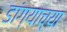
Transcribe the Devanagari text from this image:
डांग्याच्या